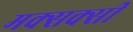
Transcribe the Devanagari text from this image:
मक्सक्सी